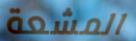
المشعة